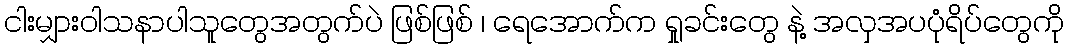
ငါးမျှားဝါသနာပါသူတွေအတွက်ပဲ ဖြစ်ဖြစ် ၊ ရေအောက်က ရှုခင်းတွေ နဲ့ အလှအပပုံရိပ်တွေကို